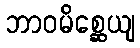
ဘာဝမိစ္ဆေယျ